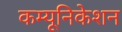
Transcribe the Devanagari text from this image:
कम्‍यूनिकेशन